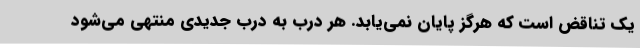
یک تناقض است که هرگز پایان نمی‌یابد. هر درب به درب جدیدی منتهی می‌شود